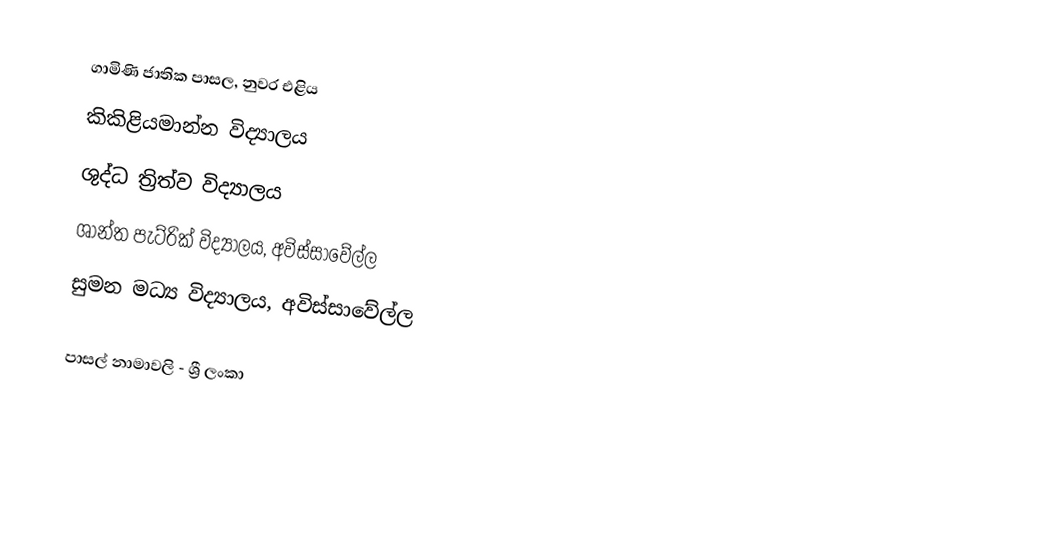
ගාමිණි ජාතික පාසල, නුවර එළිය
 කිකිළියමාන්න විද්‍යාලය
 ශුද්ධ ත්‍රිත්ව විද්‍යාලය
 ශාන්ත පැට්රික් විද්‍යාලය, අවිස්සාවේල්ල
 සුමන මධ්‍ය විද්‍යාලය, අවිස්සාවේල්ල

පාසල් නාමාවලි - ශ්‍රී ලංකා